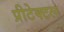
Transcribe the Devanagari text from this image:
प्रीटेक्टल